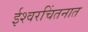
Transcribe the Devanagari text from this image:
ईश्वरचिंतनात